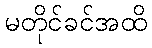
မတိုင်ခင်အထိ